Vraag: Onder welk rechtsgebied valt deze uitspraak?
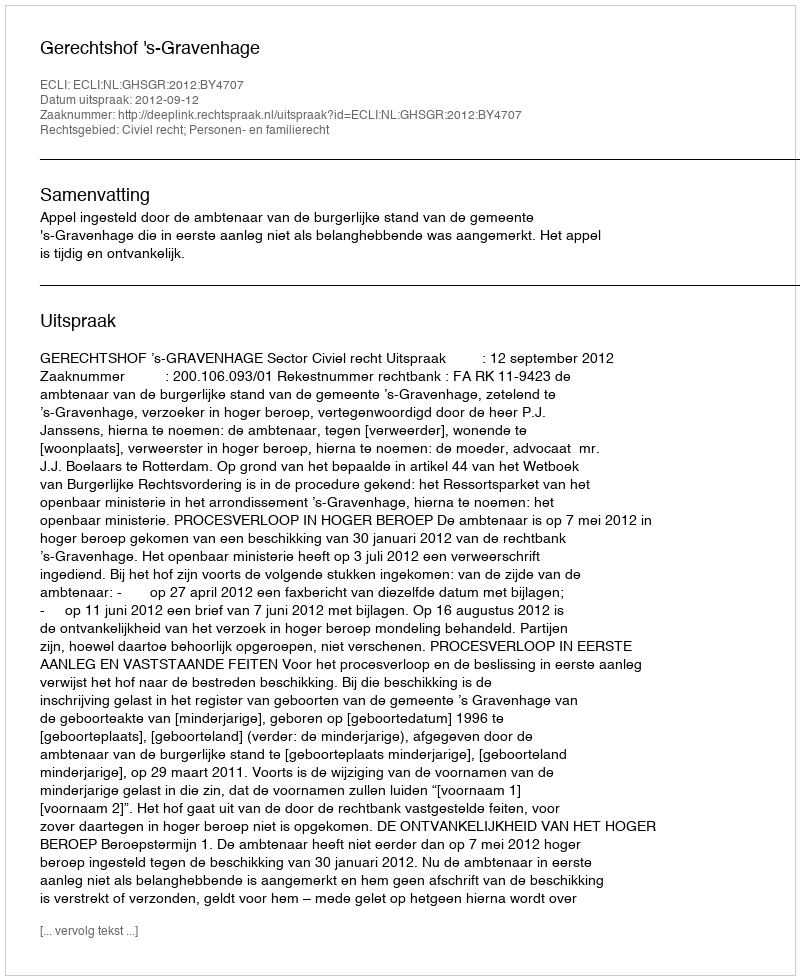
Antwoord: Civiel recht; Personen- en familierecht